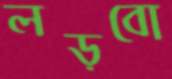
লড়বো